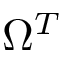
\Omega ^ { T }